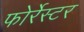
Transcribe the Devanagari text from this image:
फोर्रेस्टर